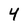
Character: 4